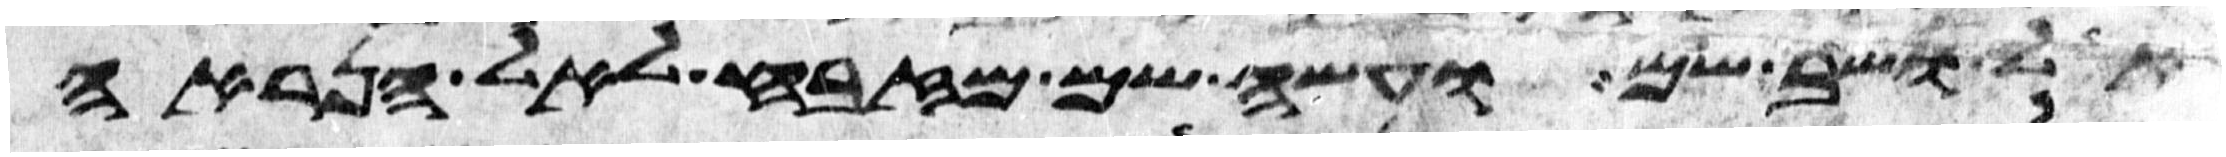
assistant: אל ושב שם ועשה שם מזבח לאל הנראה